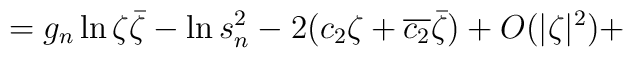
=g_n\ln\zeta\bar\zeta -\ln s_n^2 - 2(c_2\zeta+\overline{c_2}\bar\zeta) +O(|\zeta|^2) +